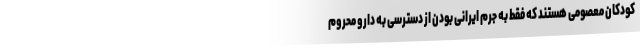
کودکان معصومی هستند که فقط به جرم ایرانی بودن از دسترسی به دارو محروم